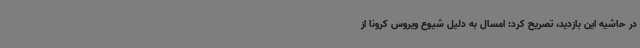
در حاشیه این بازدید، تصریح کرد: امسال به دلیل شیوع ویروس کرونا از